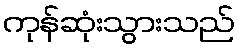
ကုန်ဆုံးသွားသည်